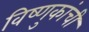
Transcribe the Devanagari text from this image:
विष्णुकांची